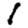
Digit: 1